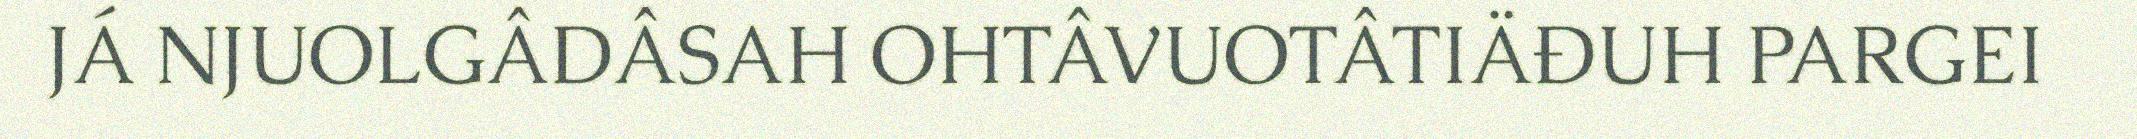
JÁ NJUOLGÂDÂSAH OHTÂVUOTÂTIÄĐUH PARGEI